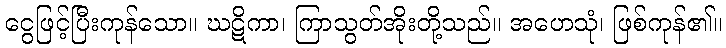
ငွေဖြင့်ပြီးကုန်သော။ ဃဋိကာ၊ ကြာသွတ်အိုးတို့သည်။ အဟေသုံ၊ ဖြစ်ကုန်၏။